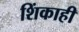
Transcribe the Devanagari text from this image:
शिंकाही